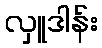
လှူဒါန်း